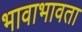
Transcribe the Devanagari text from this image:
भावाभावता